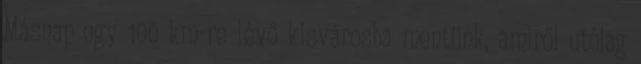
Másnap egy 100 km-re lévő kisvárosba mentünk, amiről utólag